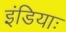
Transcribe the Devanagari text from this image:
इंडियाः